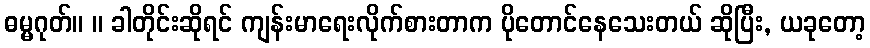
ဓမ္မဂုတ်။ ။ ခါတိုင်းဆိုရင် ကျန်းမာရေးလိုက်စားတာက ပိုတောင်နေသေးတယ် ဆိုပြီး, ယခုတော့